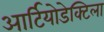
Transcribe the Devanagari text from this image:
आर्टियोडेक्टिला